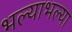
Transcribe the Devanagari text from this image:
भल्याभल्या